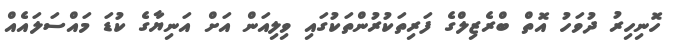
ހޮނިހިރު ދުވަހު އޮތް ބްރެޒިލްގެ ފަރިތަކުރުންތަކުގައި ވިލިއަން އަށް އަނިޔާގެ ކުޑަ މައްސަލައެއް